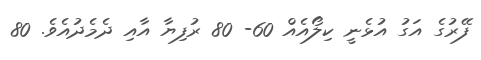
ފޭރުގެ އަގު އުޅެނީ ކިލޯއެއް 60- 80 ރުފިޔާ އާއި ދެމެދުއެވެ. 80